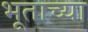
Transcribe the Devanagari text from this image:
भूताच्या